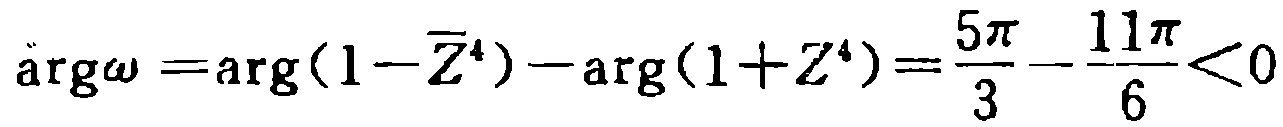
\(\arg\omega =\arg(1-\overline{Z}^{4})-\arg(1+Z^{4})=\frac{5\pi}{3}-\frac{11\pi}{6}<0\)